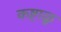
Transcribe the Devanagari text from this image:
कष्टाळु